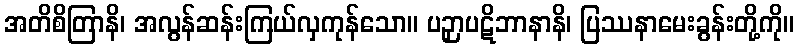
အတိစိတြာနိ၊ အလွန်ဆန်းကြယ်လှကုန်သော။ ပဉှာပဋိဘာနာနိ၊ ပြဿနာမေးခွန်းတို့ကို။